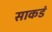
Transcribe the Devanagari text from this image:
साकडं